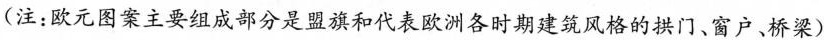
(注：欧元图案主要组成部分是盟旗和代表欧洲各时期建筑风格的拱门、窗户、桥梁)